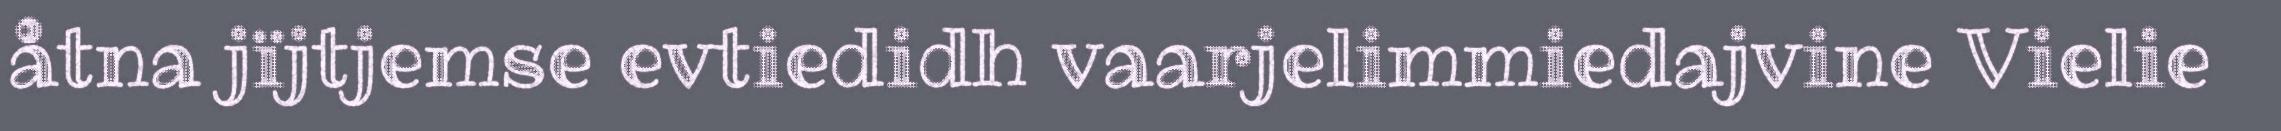
åtna jïjtjemse evtiedidh vaarjelimmiedajvine Vielie